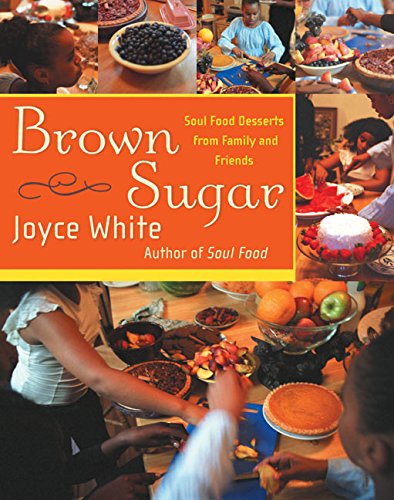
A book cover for Brown Sugar: Soul Food Desserts from Family and Friends; Joyce White; Cookbooks, Food & Wine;